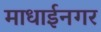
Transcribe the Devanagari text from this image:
माधाईनगर